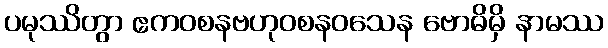
ပမုဿိတွာ ဧကဝစနဗဟုဝစနဝသေန ဗောဓိမှိ နာမဿ